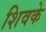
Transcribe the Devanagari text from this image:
शिवके